Leaving Certificate Examination (including Day School Certificate (Higher) General paper), 1935
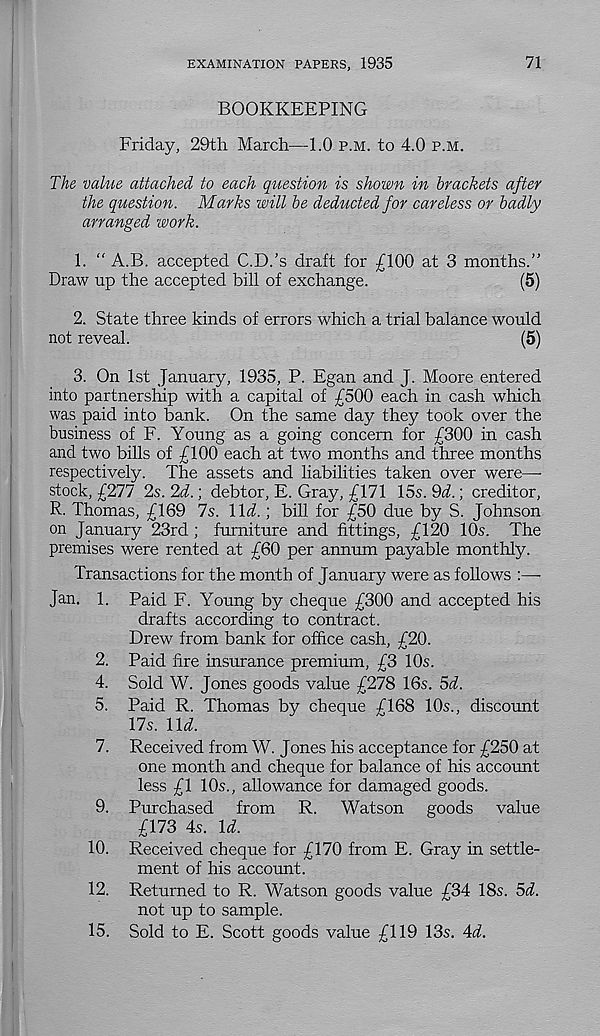
EXAMINATION PAPERS, 1935
71
BOOKKEEPING
Friday, 29th March—1.0 p.m. to 4.0 p.m.
The value attached to each question is shown in brackets after
the question. Marks will be deducted for careless or badly
arranged work.
1. " A.B. accepted C.D.’s draft for £100 at 3 months.”
Draw up the accepted bill of exchange.
(5)
2. State three kinds of errors which a trial balance would
not reveal.
(5)
3. On 1st January, 1935, P. Egan and J. Moore entered
into partnership with a capital of £500 each in cash which
was paid into bank. On the same day they took over the
business of F. Young as a going concern for £300 in cash
and two bills of £100 each at two months and three months
respectively. The assets and liabilities taken over were—-
stock, £277 2s. 2d.; debtor, E. Gray, £171 15s. 9cl.; creditor,
R. Thomas, £169 7s. \\d.; bill for £50 due by S. Johnson
on January 23rd; furniture and fittings, £120 10s. The
premises were rented at £60 per annum payable monthly.
Transactions for the month of January were as follows :—-
Jan. 1. Paid F. Young by cheque £300 and accepted his
drafts according to contract.
Drew from bank for office cash, £20.
2. Paid fire insurance premium, £3 10s.
4. Sold W. Jones goods value £278 16s. 5d.
5. Paid R. Thomas by cheque £168 10s., discount
17s. \\d.
7. Received from W. Jones his acceptance for £250 at
one month and cheque for balance of his account
less £1 10s., allowance for damaged goods.
9. Purchased from R. Watson goods value
£173 4s. Id.
10. Received cheque for £170 from E. Gray in settle-
ment of his account.
12. Returned to R. Watson goods value £34 18s. Sd.
not up to sample.
15. Sold to E. Scott goods value £119 13s. Ad.